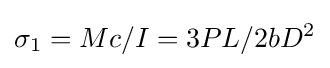
\sigma _{1}=Mc/I=3PL/2bD^{2}